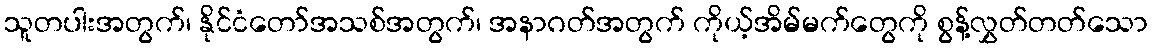
သူတပါးအတွက်၊ နိုင်ငံတော်အသစ်အတွက်၊ အနာဂတ်အတွက် ကိုယ့်အိမ်မက်တွေကို စွန့်လွှတ်တတ်သော